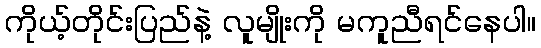
ကိုယ့်တိုင်းပြည်နဲ့ လူမျိုးကို မကူညီရင်နေပါ။